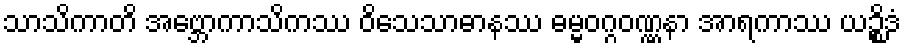
သာသိကာတိ အဗ္ဘောကာသိကဿ ဝိသေသာဓာနဿ ဓမ္မဝဂ္ဂဝဏ္ဏနာ အာရကာဿ ယဉ္စိဒံ